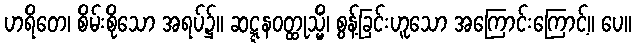
ဟရိတေ၊ စိမ်းစိုသော အရပ်၌။ ဆဋ္ဋနဝတ္ထုသ္မိံ၊ စွန့်ခြင်းဟူသော အကြောင်းကြောင့်။ ပေ။